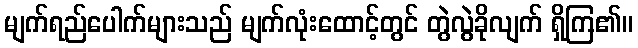
မျက်ရည်ပေါက်များသည် မျက်လုံးထောင့်တွင် တွဲလွဲခိုလျက် ရှိကြ၏။